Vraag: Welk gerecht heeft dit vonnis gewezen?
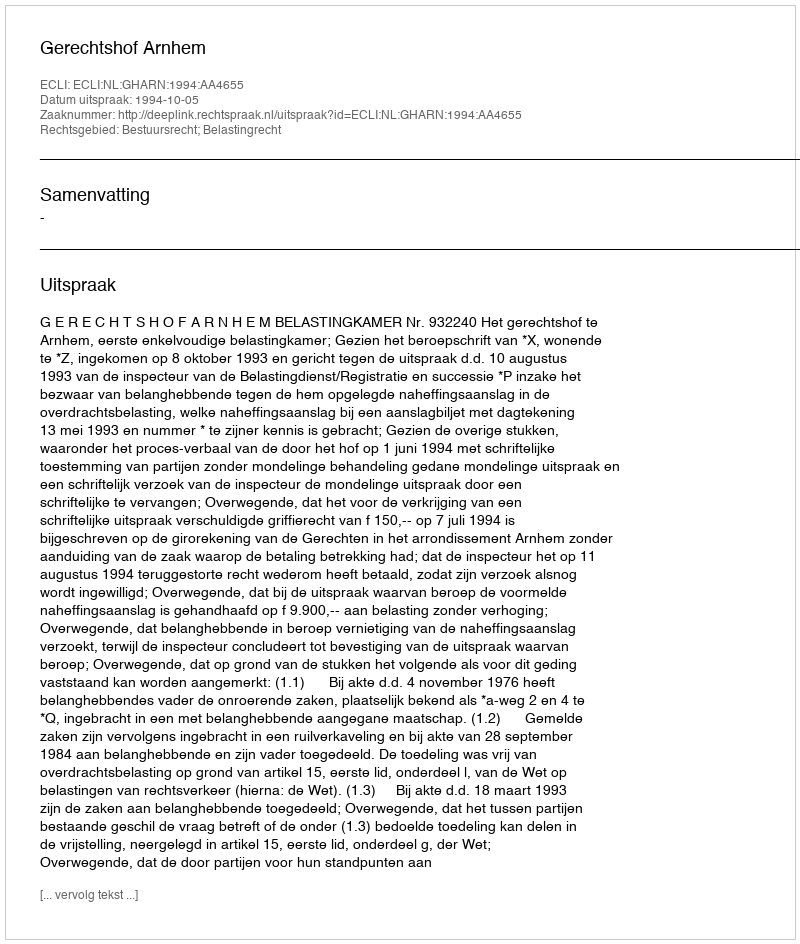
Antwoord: Gerechtshof Arnhem